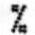
%